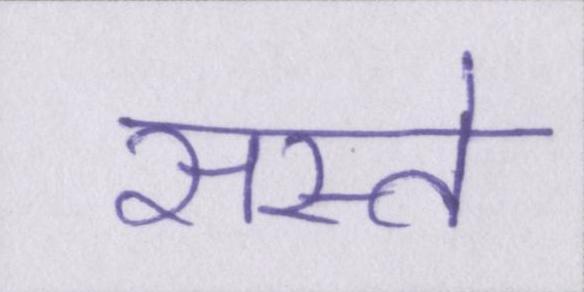
सस्ते